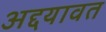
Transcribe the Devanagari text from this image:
अद्दयावत